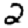
Digit: 2